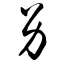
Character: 另